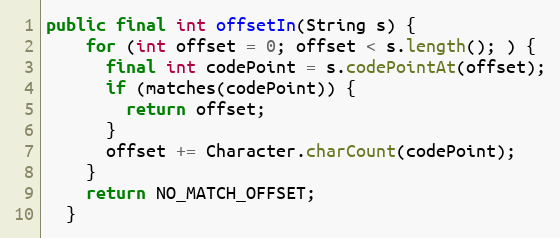
Language: Java
public final int offsetIn(String s) {
    for (int offset = 0; offset < s.length(); ) {
      final int codePoint = s.codePointAt(offset);
      if (matches(codePoint)) {
        return offset;
      }
      offset += Character.charCount(codePoint);
    }
    return NO_MATCH_OFFSET;
  }